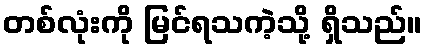
တစ်လုံးကို မြင်ရသကဲ့သို့ ရှိသည်။